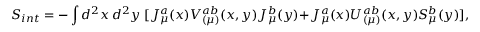
S _ { i n t } = - \int d ^ { 2 } x ~ d ^ { 2 } y ~ [ J _ { \mu } ^ { a } ( x ) V _ { ( \mu ) } ^ { a b } ( x , y ) J _ { \mu } ^ { b } ( y ) + J _ { \mu } ^ { a } ( x ) U _ { ( \mu ) } ^ { a b } ( x , y ) S _ { \mu } ^ { b } ( y ) ] ,